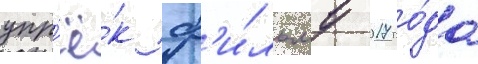
упр'ё́к ф'и́льму 2017 го́да